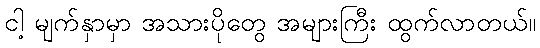
ငါ့ မျက်နှာမှာ အသားပိုတွေ အများကြီး ထွက်လာတယ်။